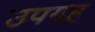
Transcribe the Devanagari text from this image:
उपगह